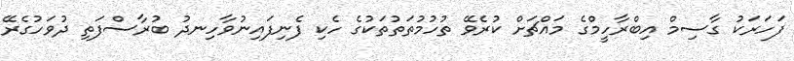
ފަހަރަކު ގާސިމް އިބްރާހީމްގެ މައްޗަށް ކުރެވޭ ތުހުމުތަތުތަކުގެ ހެކި ފެނިފައިނުވާހިނދު ބުރާސްފަތި ދުވަހުގެރޭ